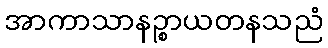
အာကာသာနဉ္စာယတနသညံ